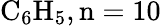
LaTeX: \mathrm{C_{6}H_{5},n=10}